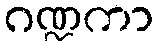
ဂဏ္ဍကာ